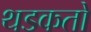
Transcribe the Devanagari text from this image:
थडकतो